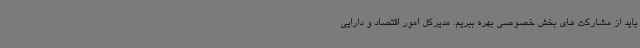
باید از مشارکت های بخش خصوصی بهره ببریم. مدیرکل امور اقتصاد و دارایی